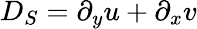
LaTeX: D_{S}=\partial_{y}u+\partial_{x}v